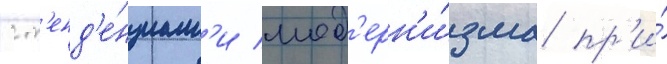
с т'енд'е́нциам'и мод'ерн'и́зма пр'и́